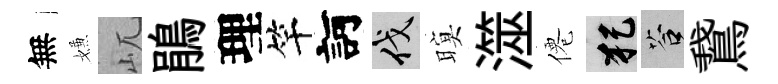
無嫌屼鵑理竿訶伐暝澨僊犯答鵞